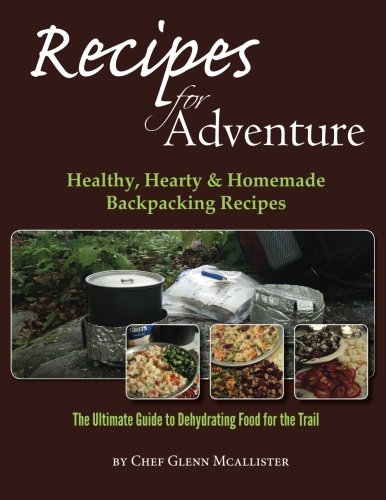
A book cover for Recipes for Adventure: Healthy, Hearty and Homemade Backpacking Recipes; Chef Glenn McAllister; Cookbooks, Food & Wine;